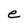
Character: e